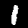
Label: 1